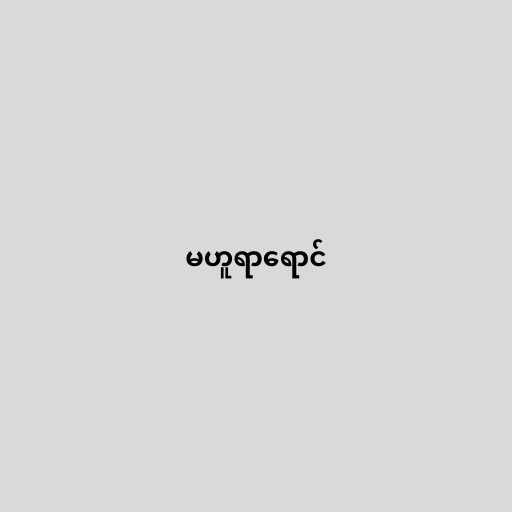
မဟူရာရောင်